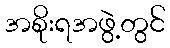
အစိုးရအဖွဲ့တွင်